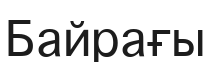
Байрағы